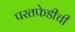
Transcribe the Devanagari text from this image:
परतफेडीची